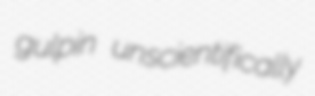
gulpin unscientifically